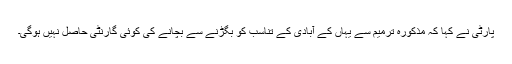
پارٹی نے کہا کہ مذکورہ ترمیم سے یہاں کے آبادی کے تناسب کو بگڑنے سے بچانے کی کوئی گارنٹی حاصل نہیں ہوگی۔